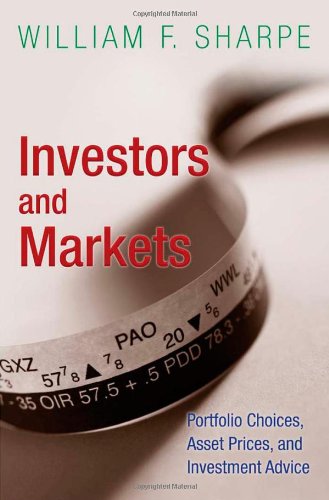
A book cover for Investors and Markets: Portfolio Choices, Asset Prices, and Investment Advice (Princeton Lectures in Finance); William F. Sharpe; Business & Money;